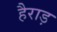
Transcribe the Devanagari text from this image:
हैराड़